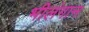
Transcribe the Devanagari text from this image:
भीलंगान